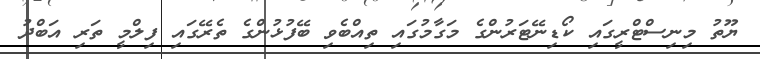
ޔޫތު މިނިސްޓްރީގައި ކޯޑިނޭޓަރުންގެ މަގާމުގައި ތިއްބެވި ބޭފުޅުންގެ ތެރޭގައި ފިލްމީ ތަރި އަބްދު